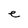
Character: e